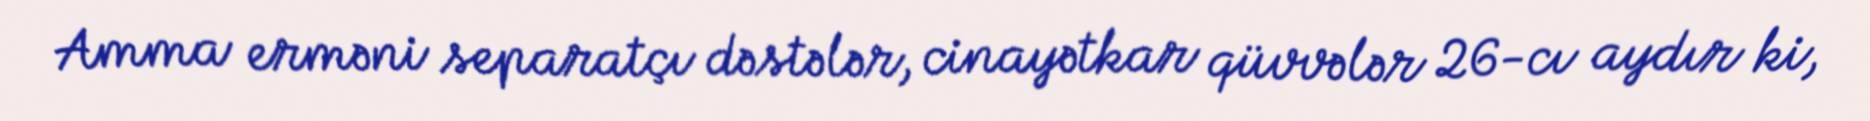
Amma erməni separatçı dəstələr, cinayətkar qüvvələr 26-cı aydır ki,